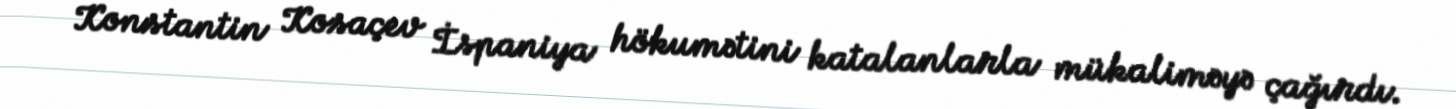
Konstantin Kosaçev İspaniya hökumətini katalanlarla mükaliməyə çağırdı.